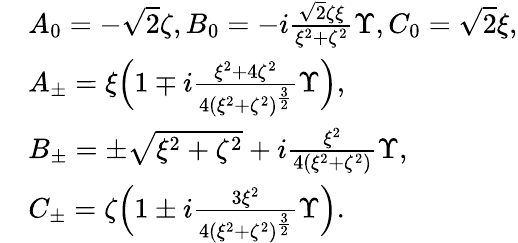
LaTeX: \begin{array}{rl}&{A_{0}=-\sqrt{2}\zeta,B_{0}=-i\frac{\sqrt{2}\zeta\xi}{\xi^{2}+\zeta^{2}}\Upsilon,C_{0}=\sqrt{2}\xi,}\\ &{A_{\pm}=\xi\Big(1\mp i\frac{\xi^{2}+4\zeta^{2}}{4(\xi^{2}+\zeta^{2})^{\frac{3}{2}}}\Upsilon\Big),}\\ &{B_{\pm}=\pm\sqrt{\xi^{2}+\zeta^{2}}+i\frac{\xi^{2}}{4(\xi^{2}+\zeta^{2})}\Upsilon,}\\ &{C_{\pm}=\zeta\Big(1\pm i\frac{3\xi^{2}}{4(\xi^{2}+\zeta^{2})^{\frac{3}{2}}}\Upsilon\Big).}\end{array}